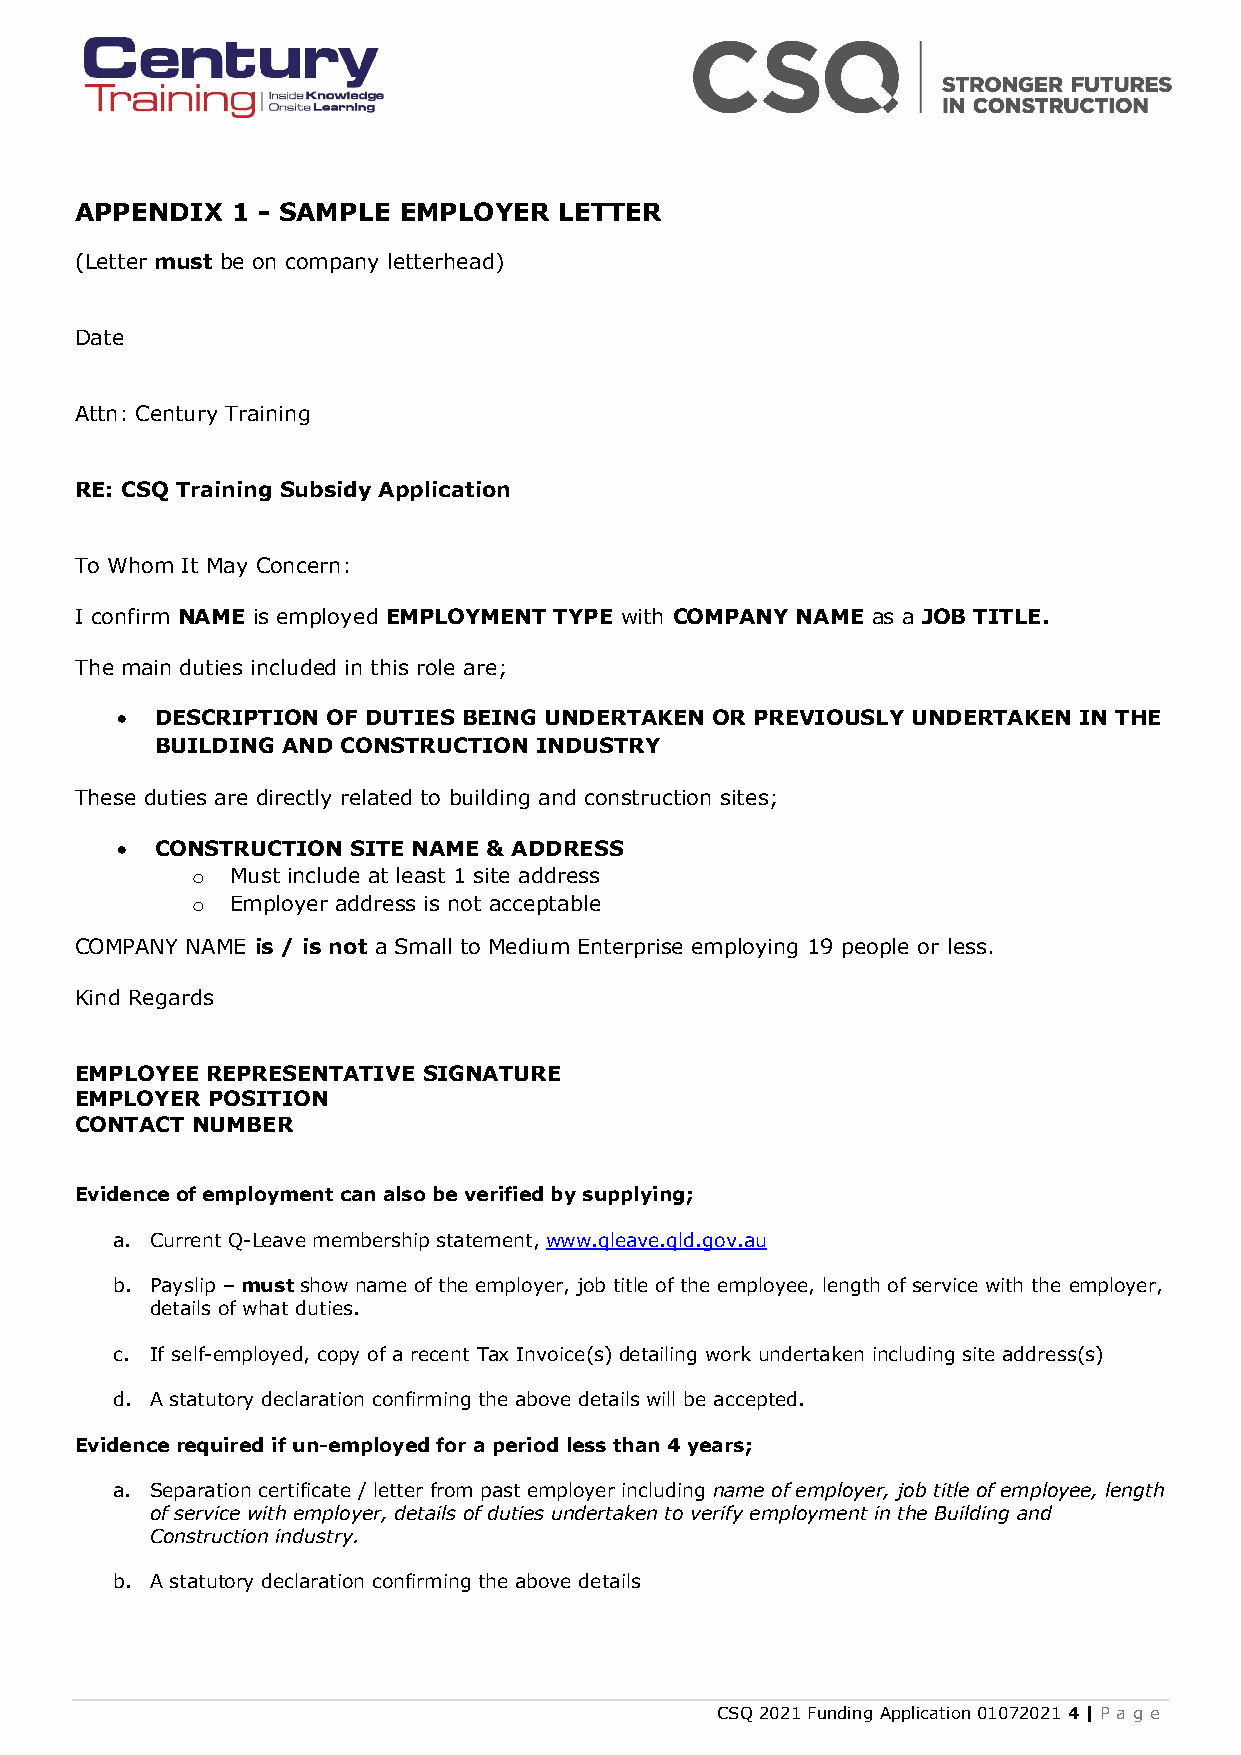
APPENDIX  1 - SAMPLE EMPLOYER   LETTER
 (Letter must be on company letterhead)
 Date
 Attn: Century Training
 RE: CSQ Training Subsidy Application
 To Whom It May Concern:
 I confirm NAME is employed EMPLOYMENT TYPE with COMPANY NAME as a JOB TITLE.
 The main duties included in this role are;
 • DESCRIPTION OF DUTIES BEING UNDERTAKEN OR PREVIOUSLY UNDERTAKEN IN THE
 BUILDING AND CONSTRUCTION INDUSTRY
 These duties are directly related to building and construction sites;
 • CONSTRUCTION SITE NAME & ADDRESS
 Must include at least 1 site address
 o
 Employer address is not acceptable
 o
 COMPANY NAME is / is not a Small to Medium Enterprise employing 19 people or less.
 Kind Regards
 EMPLOYEE REPRESENTATIVE SIGNATURE
 EMPLOYER POSITION
 CONTACT NUMBER
 Evidence of employment can also be verified by supplying;
 a. Current Q-Leave membership statement, www.qleave.qld.gov.au
 b. Payslip – must show name of the employer, job title of the employee, length of service with the employer,
 details of what duties.
 c. If self-employed, copy of a recent Tax Invoice(s) detailing work undertaken including site address(s)
 d. A statutory declaration confirming the above details will be accepted.
 Evidence required if un-employed for a period less than 4 years;
 a. Separation certificate / letter from past employer including name of employer, job title of employee, length
 of service with employer, details of duties undertaken to verify employment in the Building and
 Construction industry.
 b. A statutory declaration confirming the above details
 CSQ 2021 Funding Application 01072021 4 | P a g e